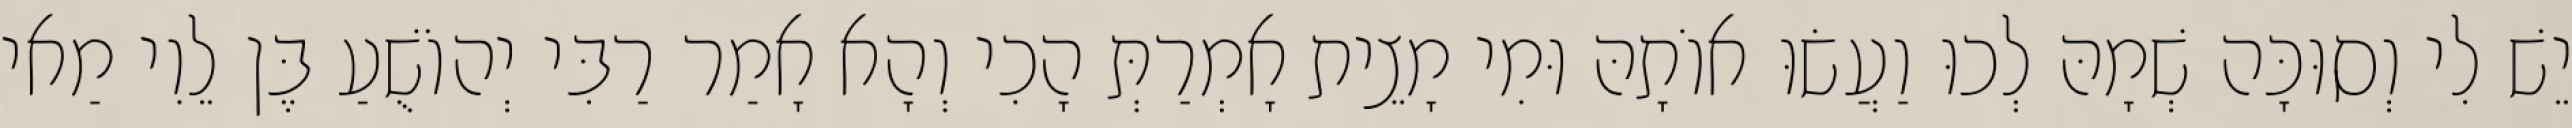
יֵשׁ לִי וְסוּכָּה שְׁמָהּ לְכוּ וַעֲשׂוּ אוֹתָהּ וּמִי מָצֵית אָמְרַתְּ הָכִי וְהָא אָמַר רַבִּי יְהוֹשֻׁעַ בֶּן לֵוִי מַאי